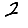
Digit: 2